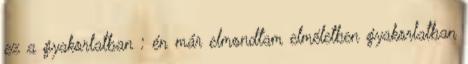
ez a gyakorlatban : én már elmondtam elméletben gyakorlatban